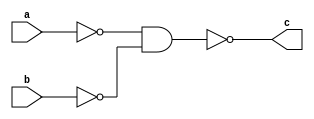

module or_gate(c,a,b);

output c;
input a,b;

wire x,y;

nand(x,a,a);
nand(y,b,b);
nand(c,x,y);

endmodule